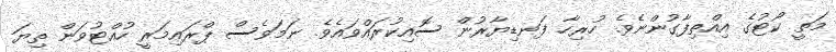
މަތީ ކޯޓުގެ އިއްތިފާގުންނެވެ. ހުރިހާ ފަނޑިޔާރުން ސޮއިކުރައްވައެވެ. ނަމަވެސް ޕްރައިމަރީ ހުއްޓުވަން ތިޔަ